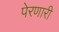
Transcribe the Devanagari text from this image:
पेरणारी